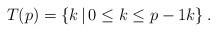
LaTeX: \begin{align*}T(p) = \left\{ k \, \vert\, 0\leq k\leq p-1 k \right\}.\end{align*}